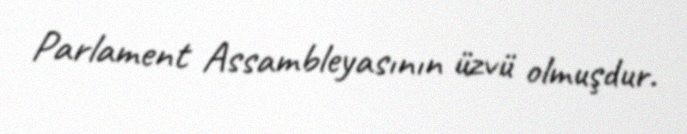
Parlament Assambleyasının üzvü olmuşdur.